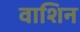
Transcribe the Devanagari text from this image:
वाशिन